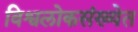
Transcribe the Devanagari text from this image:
विश्वलोकसंख्येत